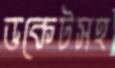
ডকেটসহ